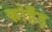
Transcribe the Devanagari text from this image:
कोहँड़